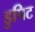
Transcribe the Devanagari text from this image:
डुपिट